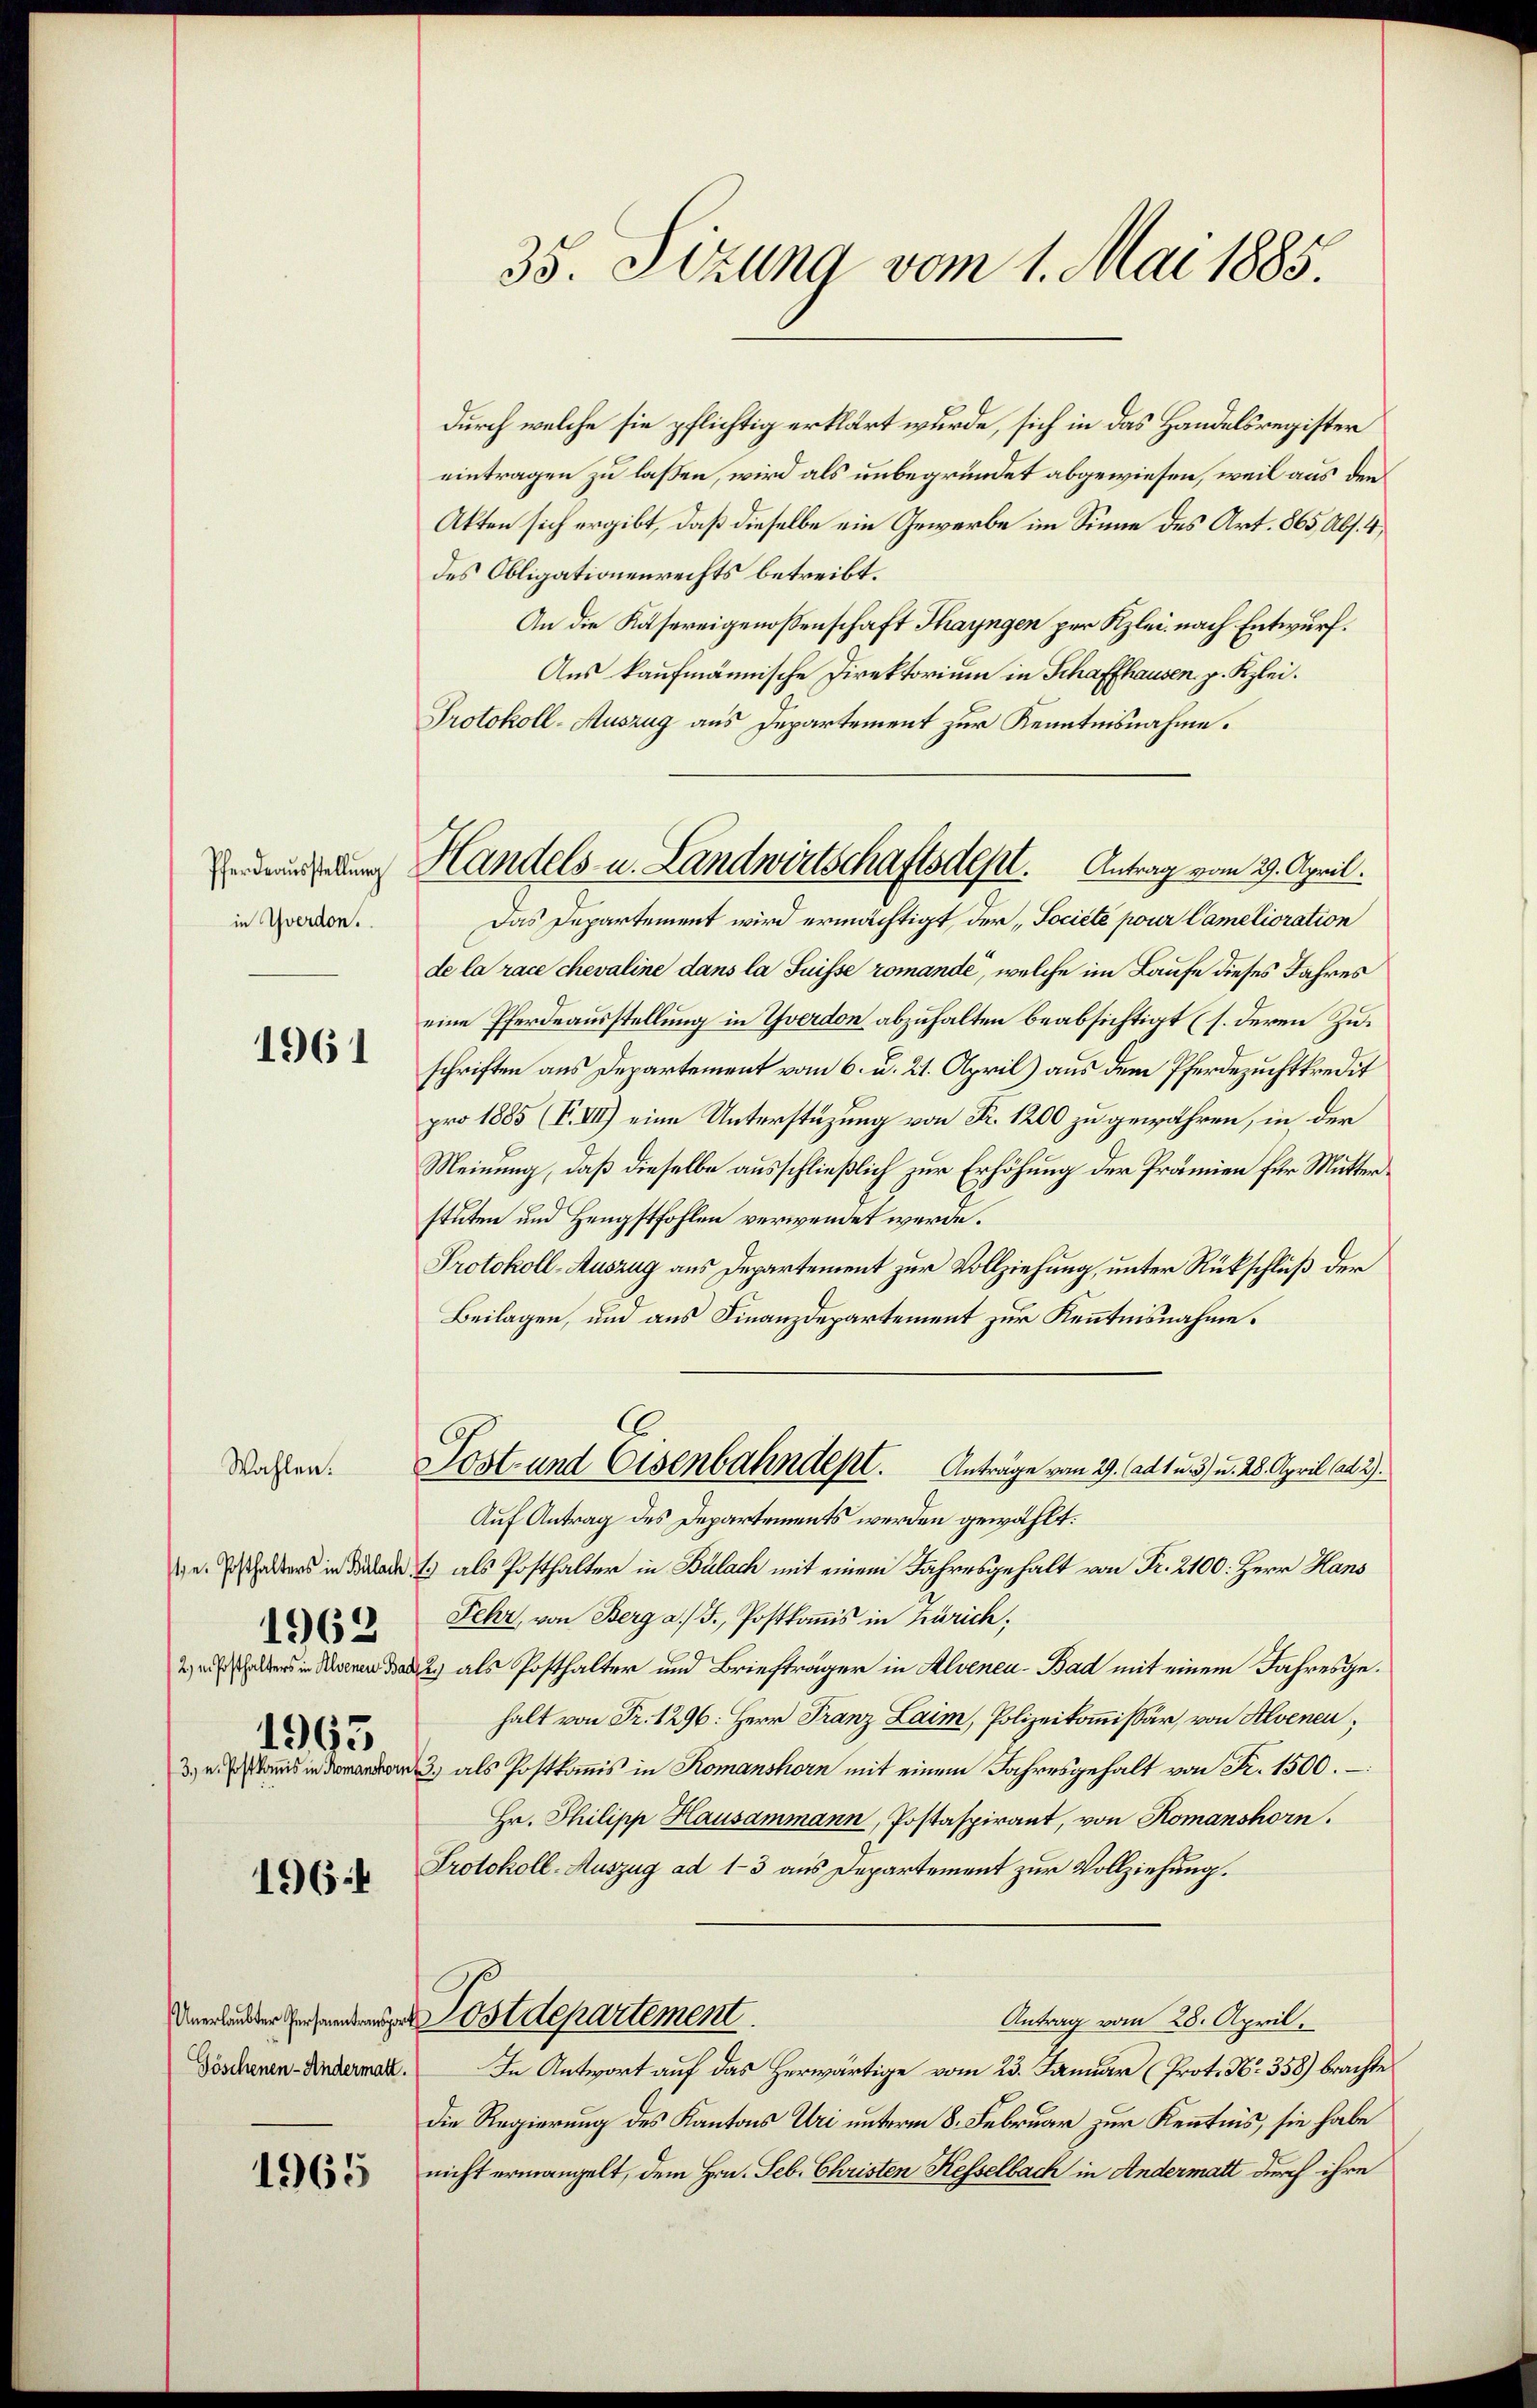
Pferdeausstellŭng
in Yverdon.

1961

Wahlen.

e. Posthalters in Bülach
2) u. Posthalters in Alvenen B.
1963
3) u. Postkomis in Romanshorn

1962

196.

Unerlaubter Personentransport
Göschenen-Andermatt.

1965

35. Sizung vom 1. Mai 1885.

Handels- u. Landwirtschaftsdestl. Antrag vom 29. April.

durch welche sie pflichtig erklärt wurde, sich in das Handelsregister
eintragen zu laßen, wird als unbegründet abgewiesen, weil aus den
Akten sich ergibt, daß dieselbe ein Gewerbe im Sinne des Art. 865, Abs. 4,
des Obligationenrechts betreibt.
An die Kasereigenossenschaft Thayngen per Kzlei nach Entwurf.
Aus kaufmännische Direktorium in Schaffhausen, p. Kzlei.
Protokoll-Auszug aus Departement zur Kenntnisnahme.
Das Departement wird ermächtigt, der Société pour Camelioration
de la race chevaline dans la Suisse romande, welche im Laufe dieses Jahres
eine Pferdeausstellung in Yverdon abzuhalten beabsichtigt (s. deren Zuschriften aus Departement vom 6. d. 21. April) aus dem Pferdezuchtkredit
pro 1885 (V.VII) eine Unterstüzung von Fr. 1200 zu gewähren, in der
Meinung, daß dieselbe ausschließlich zur Erhöhung der Prämien für Mutterstuten und Hengstfohlen verwendet werde.
Protokoll-Auszug aus Departement zur Vollziehung, unter Rückschluß der
Beilagen, und aus Finanzdepartement zur Kenntnisnahme.
C
Lost- und Eisenbahndept. Anträge vom 29. Alt u. 3) u. 28. April ad 2.
Auf Antrag des Departements werden gewählt:
13 als Posthalter in Bülach mit einem Jahresgehalt von Fr. 2100: Herr Hans
Fehr, von Berg a/S., Postkomis in Zürich,
2.) als Posthalter und Briefträger in Alveneu- Bad mit einem Jahresgehalt von Fr. 1296: Herr Franz Laim, Polizeikommissär, von Alvenen,
3) als Postkommis in Komanshorn mit einem Jahresgehalt von Fr. 1500. –
Hr. Philipp Hausammann, Postaspirant, von Komanshorn.
Protokoll-Auszug ad 1-3 aus Departement zur Vollziehung.
Postdepartement
Antrag vom 28. April.
In Antwort auf das Herwärtige vom 23. Januar (Prot. No. 358) brachte
Die Regierung des Kantons Uri unterm 8. Februar zur Kenntnis, sie habe
nicht ermangelt, dem Hrn. Feb. Christen Kesselbach in Andermatt durch ihre